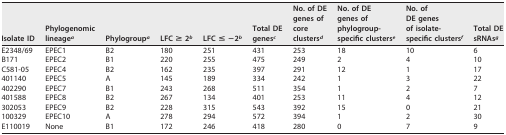
| Isolate ID | Phylogenomiclineagea | Phylogroupa | LFC ≥ 2b | LFC ≤ −2b | Total DEgenesc | No. of DEgenes ofcoreclustersd | No. of DEgenes ofphylogroup-specific clusterse | No. ofDE genesof isolate-specific clustersf | Total DEsRNAsg |
 | --- | --- | --- | --- | --- | --- | --- | --- | --- | --- |
 | E2348/69 | EPEC1 | B2 | 180 | 251 | 431 | 253 | 18 | 10 | 6 |
 | B171 | EPEC2 | B1 | 220 | 255 | 475 | 249 | 2 | 4 | 10 |
 | C581-05 | EPEC4 | B2 | 162 | 235 | 397 | 291 | 12 | 1 | 17 |
 | 401140 | EPEC5 | A | 145 | 189 | 334 | 242 | 1 | 3 | 22 |
 | 402290 | EPEC7 | B1 | 243 | 268 | 511 | 354 | 1 | 2 | 7 |
 | 401588 | EPEC8 | B2 | 267 | 134 | 401 | 253 | 11 | 4 | 12 |
 | 302053 | EPEC9 | B2 | 228 | 315 | 543 | 392 | 15 | 0 | 21 |
 | 100329 | EPEC10 | A | 278 | 294 | 572 | 394 | 1 | 2 | 30 |
 | E110019 | None | B1 | 172 | 246 | 418 | 280 | 0 | 7 | 9 |